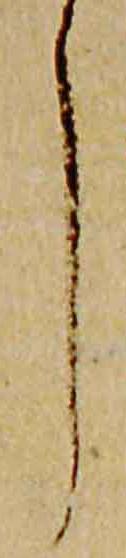
了